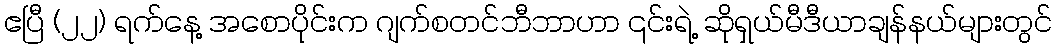
ဧပြီ (၂၂) ရက်နေ့ အစောပိုင်းက ဂျက်စတင်ဘီဘာဟာ ၎င်းရဲ့ ဆိုရှယ်မီဒီယာချန်နယ်များတွင်